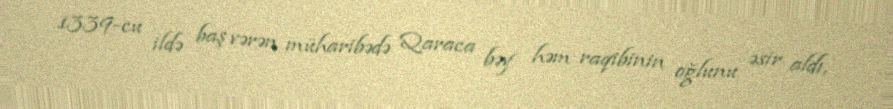
1339-cu ildə baş vərən müharibədə Qaraca bəy həm raqibinin oğlunu əsir aldı,